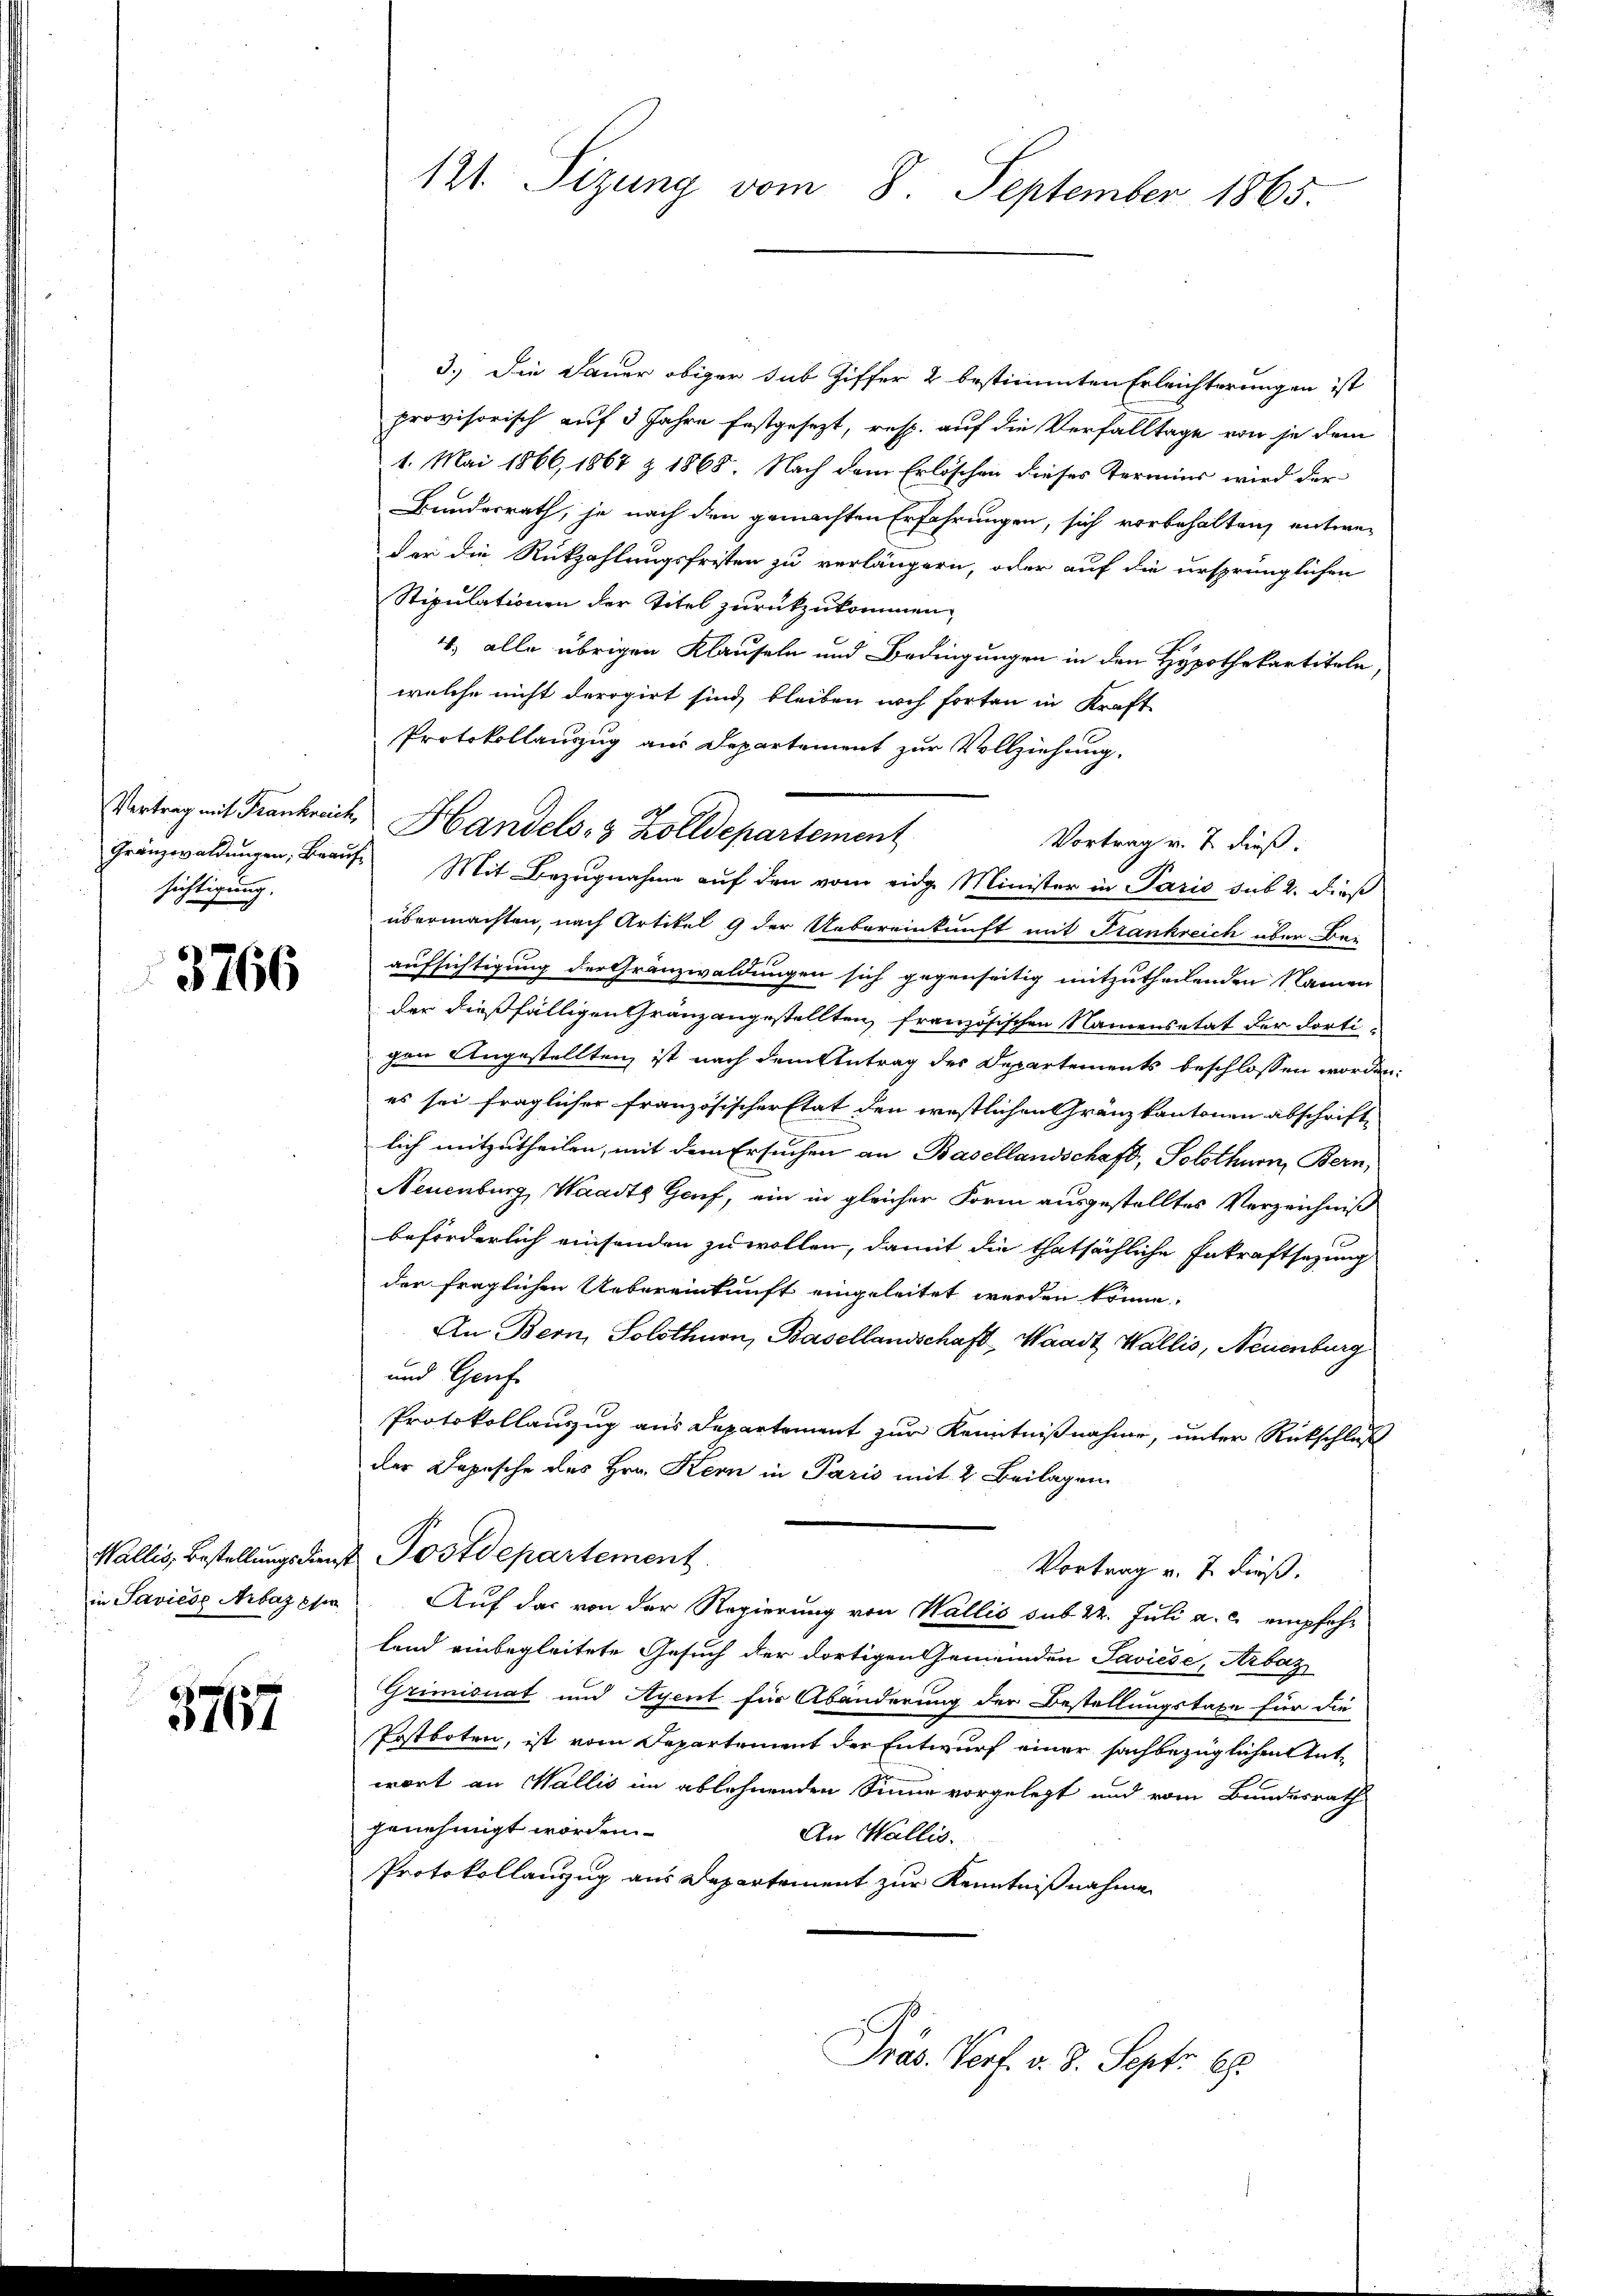
sichtigung.

3766

5767

3.) Die Dauer obiger sub Ziffer 2 bestimmten Erleichterungen ist
provisorisch auf 3 Jahre festgesezt, resp. auf die Verfalltage von je dem
1. Mai 1866, 1867 z 1868. Nach dem Erlöschen dieses Termins wird der
Bundesrath, je nach den gemachten Erfahrungen, sich vorbehalten, entweder die Rückzahlungsfristen zu verlängern, oder auf die ursprünglichen
Stipulationen der Titel zurückzukommen.
4) alle übrigen Klauseln und Bedingungen in den Hypothekartiteln,
welche nicht derogirt sind, bleiben noch forten in Kraft
Protokollauszug aus Departement zur Vollziehung.
Gränzwaldŭngen, Braŭf Mit Bezugnahme auf den vom eidge Minister in Paris sub 2. dieß
übermachten, nach Artikel 9 der Uebereinkunft mit Frankreich über Bei
aufsichtigung der Gränzwaldungen sich gegenseitig mitzutheilenden Namen
der dießfälligen Granz angestellten, französischen Namensetat der dortigen Angestellten ist nach dem Antrag des Departements beschlossen worden:
es sei fraglicher französischer Etat den westlichen Gränzkantonen abschrifte
lich mitzutheilen, mit dem Ersuchen an Basellandschaft, Solothurn, Bern,
Neuenburg, Waadt Genf, ein in gleicher Form ausgestelltes Verzeichniß
beförderlich einsenden zu wollen, damit die thatsächliche Erkraftsazung
der fraglichen Uebereinkunft eingeleitet werden könne.
An Bern, Solothurn, Basellandschaft, Waadt Wallis, Neuenburg
und Genf
Protokollauszug aus Departement zur Kenntnißnahme, unter Rückschluß
der Depesche des Hrn. Kern in Paris mit 2. Beilagen
Wallis, Bestellungsans Postdepartement
Vortrag v. 7. dieß.
in Savićse Arbazpper. Auf das von der Regierung von Wallis sub 22. Juli a. c. empfehland einbegleitete Gesuch der dortigen Gemeinden Saviese Arbaz
Grimisuat und Ayent für Abänderung der Bestellungstaxe für die
Postboten, ist vom Departement der Entwurf einer sachbezüglichen Antwort an Wallis im ablehnenden Sinne vorgelegt und vom Bundesrath
genehmigt worden.
An Wallis.
Protokollanzug aus Departement zur Kenntnißnahme
Präs. Verf. v. 8. Sept. 18

121. Sizung vom 8. September 1865.

Vertrag mit Frankreich, Handels- & Zolldepartement

Vortrag v. 7. dieß: